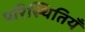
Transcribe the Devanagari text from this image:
परिस्थितियँ